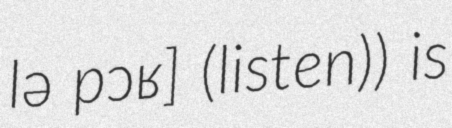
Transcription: lə pɔʁ] (listen)) is